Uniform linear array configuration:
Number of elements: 24
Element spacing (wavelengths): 0.75
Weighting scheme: hann
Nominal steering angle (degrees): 45
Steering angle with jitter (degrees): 44.982
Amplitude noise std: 0.05
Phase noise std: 0.05

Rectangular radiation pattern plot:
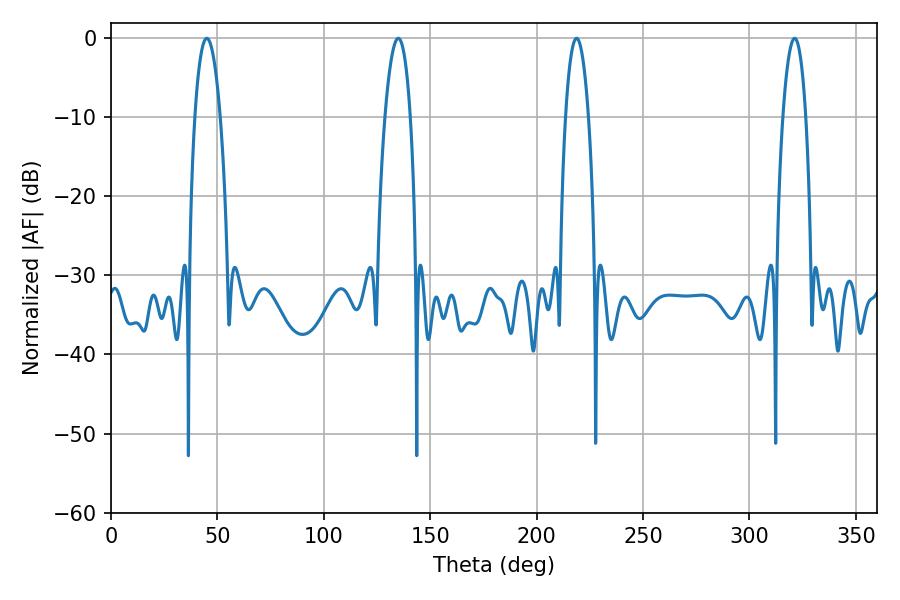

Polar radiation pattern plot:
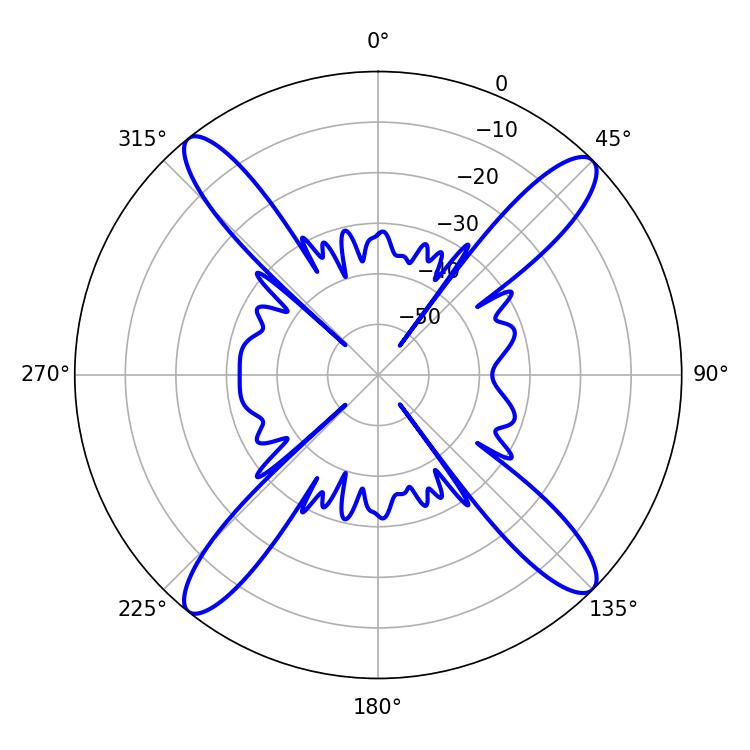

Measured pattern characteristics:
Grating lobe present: TRUE
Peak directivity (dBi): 17.555
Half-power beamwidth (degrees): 6.66
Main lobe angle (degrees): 45